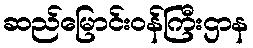
ဆည်မြောင်းဝန်ကြီးဌာန